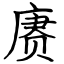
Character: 赓